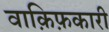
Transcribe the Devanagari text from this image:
वाक़िफ़कारी